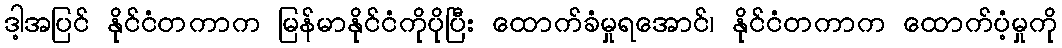
ဒါ့အပြင် နိုင်ငံတကာက မြန်မာနိုင်ငံကိုပိုပြီး ထောက်ခံမှုရအောင်၊ နိုင်ငံတကာက ထောက်ပံ့မှုကို